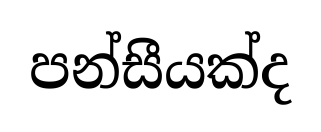
පන්සීයක්ද